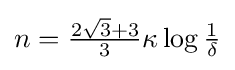
n={\tfrac {2{\sqrt {3}}+3}{3}}\kappa \log {\tfrac {1}{\delta }}